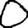
Digit: 0